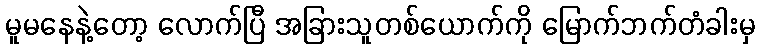
မူမနေနဲ့တော့ လောက်ပြီ အခြားသူတစ်ယောက်ကို မြောက်ဘက်တံခါးမှ